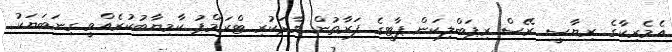
އެމެރިކާގެ ރިޔާސީ ރޭސް ރިޕަބްލިކަން ޕާޓީގެ ފަރާތުން ވާދަކުރި ޓްރަމްޕު ކާމިޔާބުކުރެއްވީ ގިނަބަޔަކު